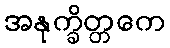
အနုက္ခိတ္တကေ